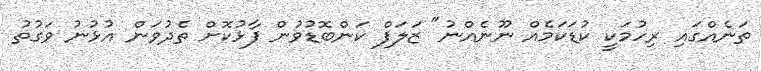
ތަނެއްގައި ރިހުމަކީ ކުޑަކަމެއް ނޫނެއްނު" ޒަލަފް ކަންބޮޑުވުން ފާޅުކޮށް ތެދުވަން އުޅުނު ވަގުތު